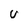
Character: U